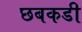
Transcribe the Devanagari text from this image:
छबकडी